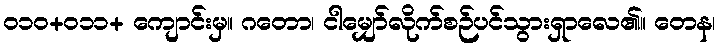
၀၁၀+၀၁၁+ ကျောင်းမှ။ ဂတော၊ ငါမျှော်လိုက်စဉ်ပင်သွားရှာလေ၏။ တေန၊